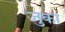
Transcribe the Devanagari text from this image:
जुका